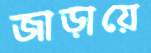
জাড়ায়ে